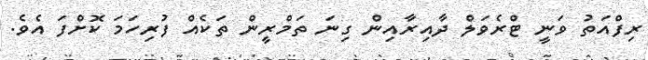
ރިފްއަތު ވަނީ ޓްރެވަލް ދާއިރާއިން ގިނަ ތަމްރީން ތަކެއް ފުރިހަމަ ކޮށްފަ އެވެ.